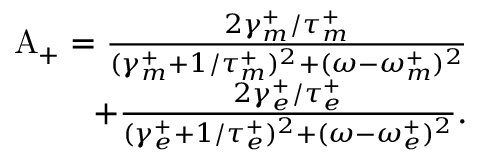
\begin{array} { r } { \mathrm { A _ { + } } = \frac { 2 \gamma _ { m } ^ { + } / \tau _ { m } ^ { + } } { ( \gamma _ { m } ^ { + } + 1 / \tau _ { m } ^ { + } ) ^ { 2 } + ( \omega - \omega _ { m } ^ { + } ) ^ { 2 } } } \\ { + \frac { 2 \gamma _ { e } ^ { + } / \tau _ { e } ^ { + } } { ( \gamma _ { e } ^ { + } + 1 / \tau _ { e } ^ { + } ) ^ { 2 } + ( \omega - \omega _ { e } ^ { + } ) ^ { 2 } } . } \end{array}